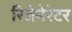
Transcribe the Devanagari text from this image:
रिजेनेरेटर